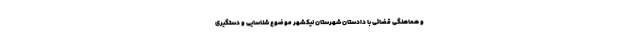
و هماهنگی قضائی با دادستان شهرستان نیکشهر موضوع شناسایی و دستگیری